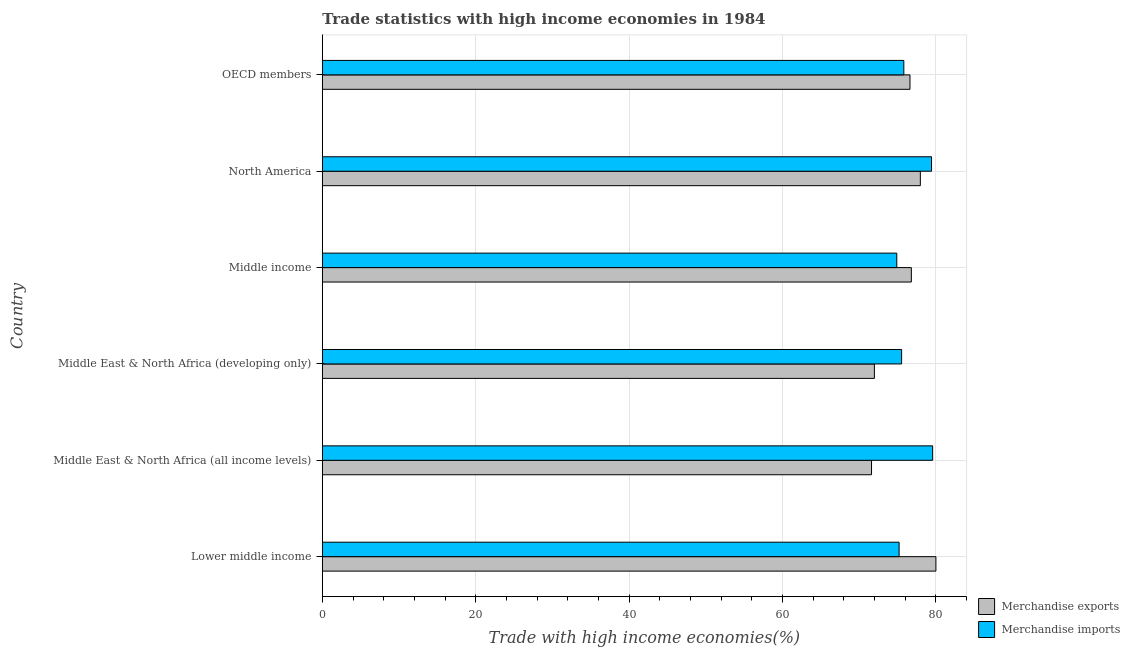
| Country | Merchandise exports | Merchandise imports |
 | --- | --- | --- |
 | Lower middle income | 80 | 75.2 |
 | Middle East & North Africa (all income levels) | 71.6 | 79.6 |
 | Middle East & North Africa (developing only) | 72 | 75.5 |
 | Middle income | 76.8 | 74.9 |
 | North America | 78 | 79.4 |
 | OECD members | 76.6 | 75.8 |